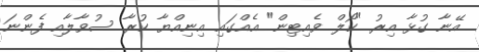
އޭނާ ގުޅާ އިރު "ކޯލް ވެއިޓިން" އެއްގައި އިނިއްޔާ ކުރާ ސުވާލާއި ފެންނަ